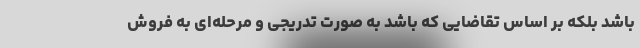
باشد بلکه بر اساس تقاضایی که باشد به صورت تدریجی و مرحله‌ای به فروش